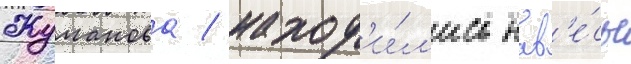
Жуманова / наход'и́л'ись нав'е́сы